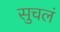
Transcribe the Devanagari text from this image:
सुचलं